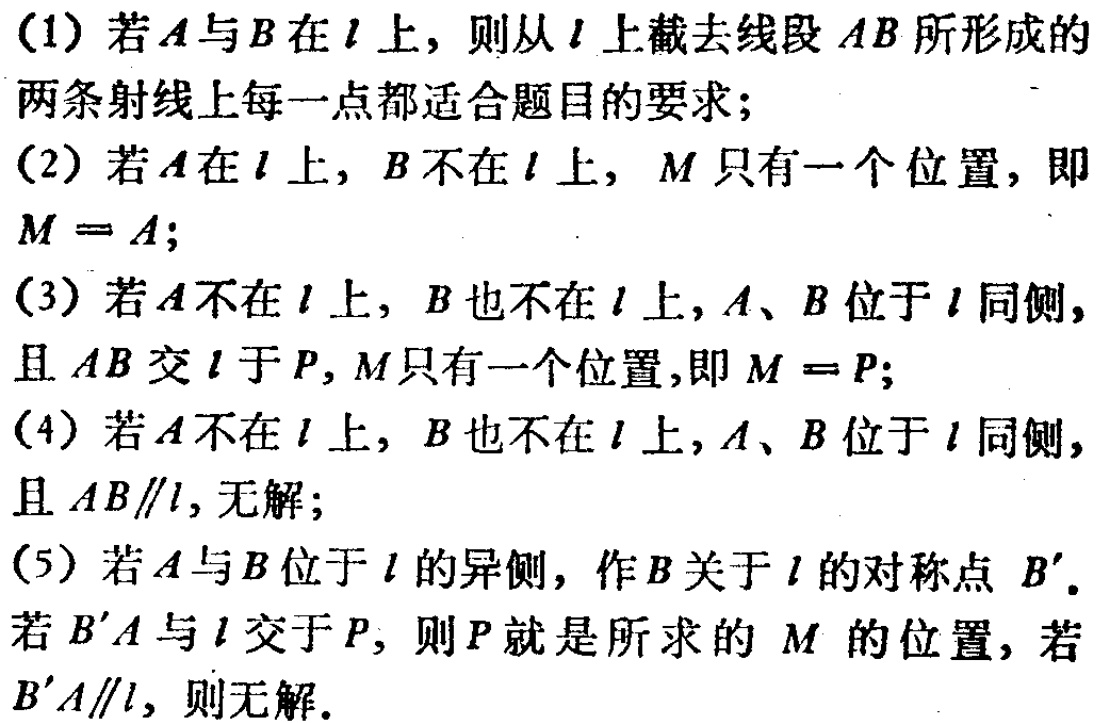
(1) 若 \(A\) 与 \(B\) 在 \(l\) 上，则从 \(l\) 上截去线段 \(AB\) 所形成的两条射线上每一点都适合题目的要求；

(2) 若 \(A\) 在 \(l\) 上，\(B\) 不在 \(l\) 上，\(M\) 只有一个位置，即 \(M = A\)；

(3) 若 \(A\) 不在 \(l\) 上，\(B\) 也不在 \(l\) 上，\(A\)、\(B\) 位于 \(l\) 同侧，且 \(AB\) 交 \(l\) 于 \(P\)，\(M\) 只有一个位置，即 \(M = P\)；

(4) 若 \(A\) 不在 \(l\) 上，\(B\) 也不在 \(l\) 上，\(A\)、\(B\) 位于 \(l\) 同侧，且 \(AB\parallel l\)，无解；

(5) 若 \(A\) 与 \(B\) 位于 \(l\) 的异侧，作 \(B\) 关于 \(l\) 的对称点 \(B'\)。若 \(B'A\) 与 \(l\) 交于 \(P\)，则 \(P\) 就是所求的 \(M\) 的位置，若 \(B'A\parallel l\)，则无解。